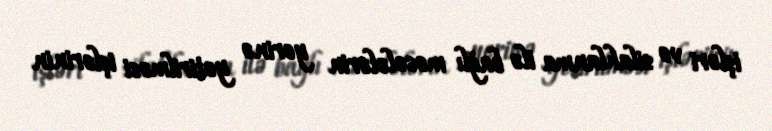
işləri və silahlanma ilə bağlı məsələlərin yerinə yetirilməsi işlərinin